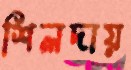
শিলদায়